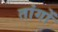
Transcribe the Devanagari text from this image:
तांगों